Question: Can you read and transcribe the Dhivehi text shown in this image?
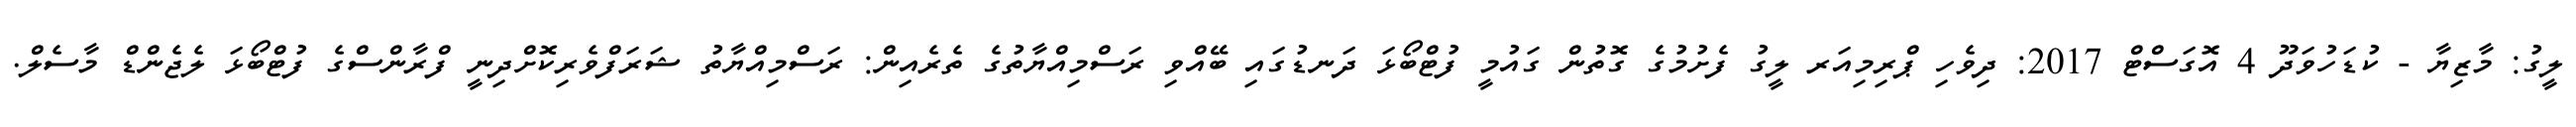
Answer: ލީގު: މާޒިޔާ - ކުޑަހުވަދޫ 4 އޮގަސްޓް 2017: ދިވެހި ޕްރިމިއަރ ލީގު ފެށުމުގެ ގޮތުން ގައުމީ ފުޓްބޯޅަ ދަނޑުގައި ބޭއްވި ރަސްމިއްޔާތުގެ ތެރެއިން: ރަސްމިއްޔާތު ޝަރަފްވެރިކޮށްދިނީ ފްރާންސްގެ ފުޓްބޯޅަ ލެޖެންޑް މާސެލް.